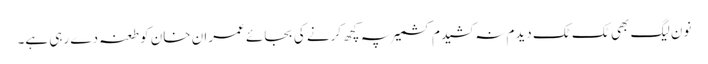
نون لیگ بھی ٹک ٹک دیدم نہ کشیدم کشمیر پہ کچھ کرنے کی بجائے عمران خان کو طعنہ دے رہی ہے۔